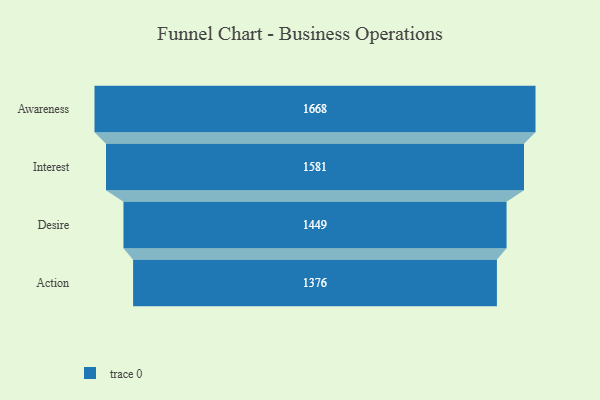
{"axis": {"x": "Stage", "y": "Value"}, "legend": [""], "data": [{"x": "Awareness", "y": 1668.0, "type": ""}, {"x": "Interest", "y": 1581.0, "type": ""}, {"x": "Desire", "y": 1449.0, "type": ""}, {"x": "Action", "y": 1376.0, "type": ""}]}